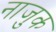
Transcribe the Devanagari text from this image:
नाजु़क